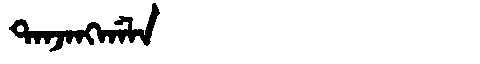
Manchu: ᡨᠠᠨᠵᠠᠩᡤᠠᠯᠠ
Romanization: TANJANGGALA